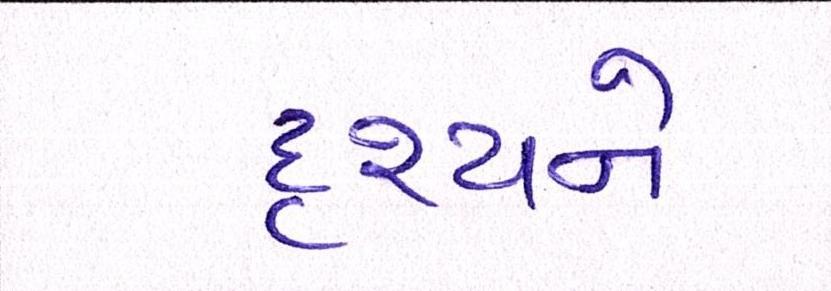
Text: દૃશ્યને